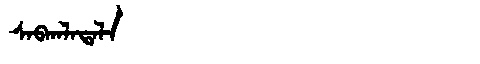
Manchu: ᠰᠠᠪᡴᠠᠯᠠᡨᠠᠯᠠ
Romanization: SABKALATALA